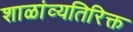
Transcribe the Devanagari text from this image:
शाळांव्यतिरिक्त